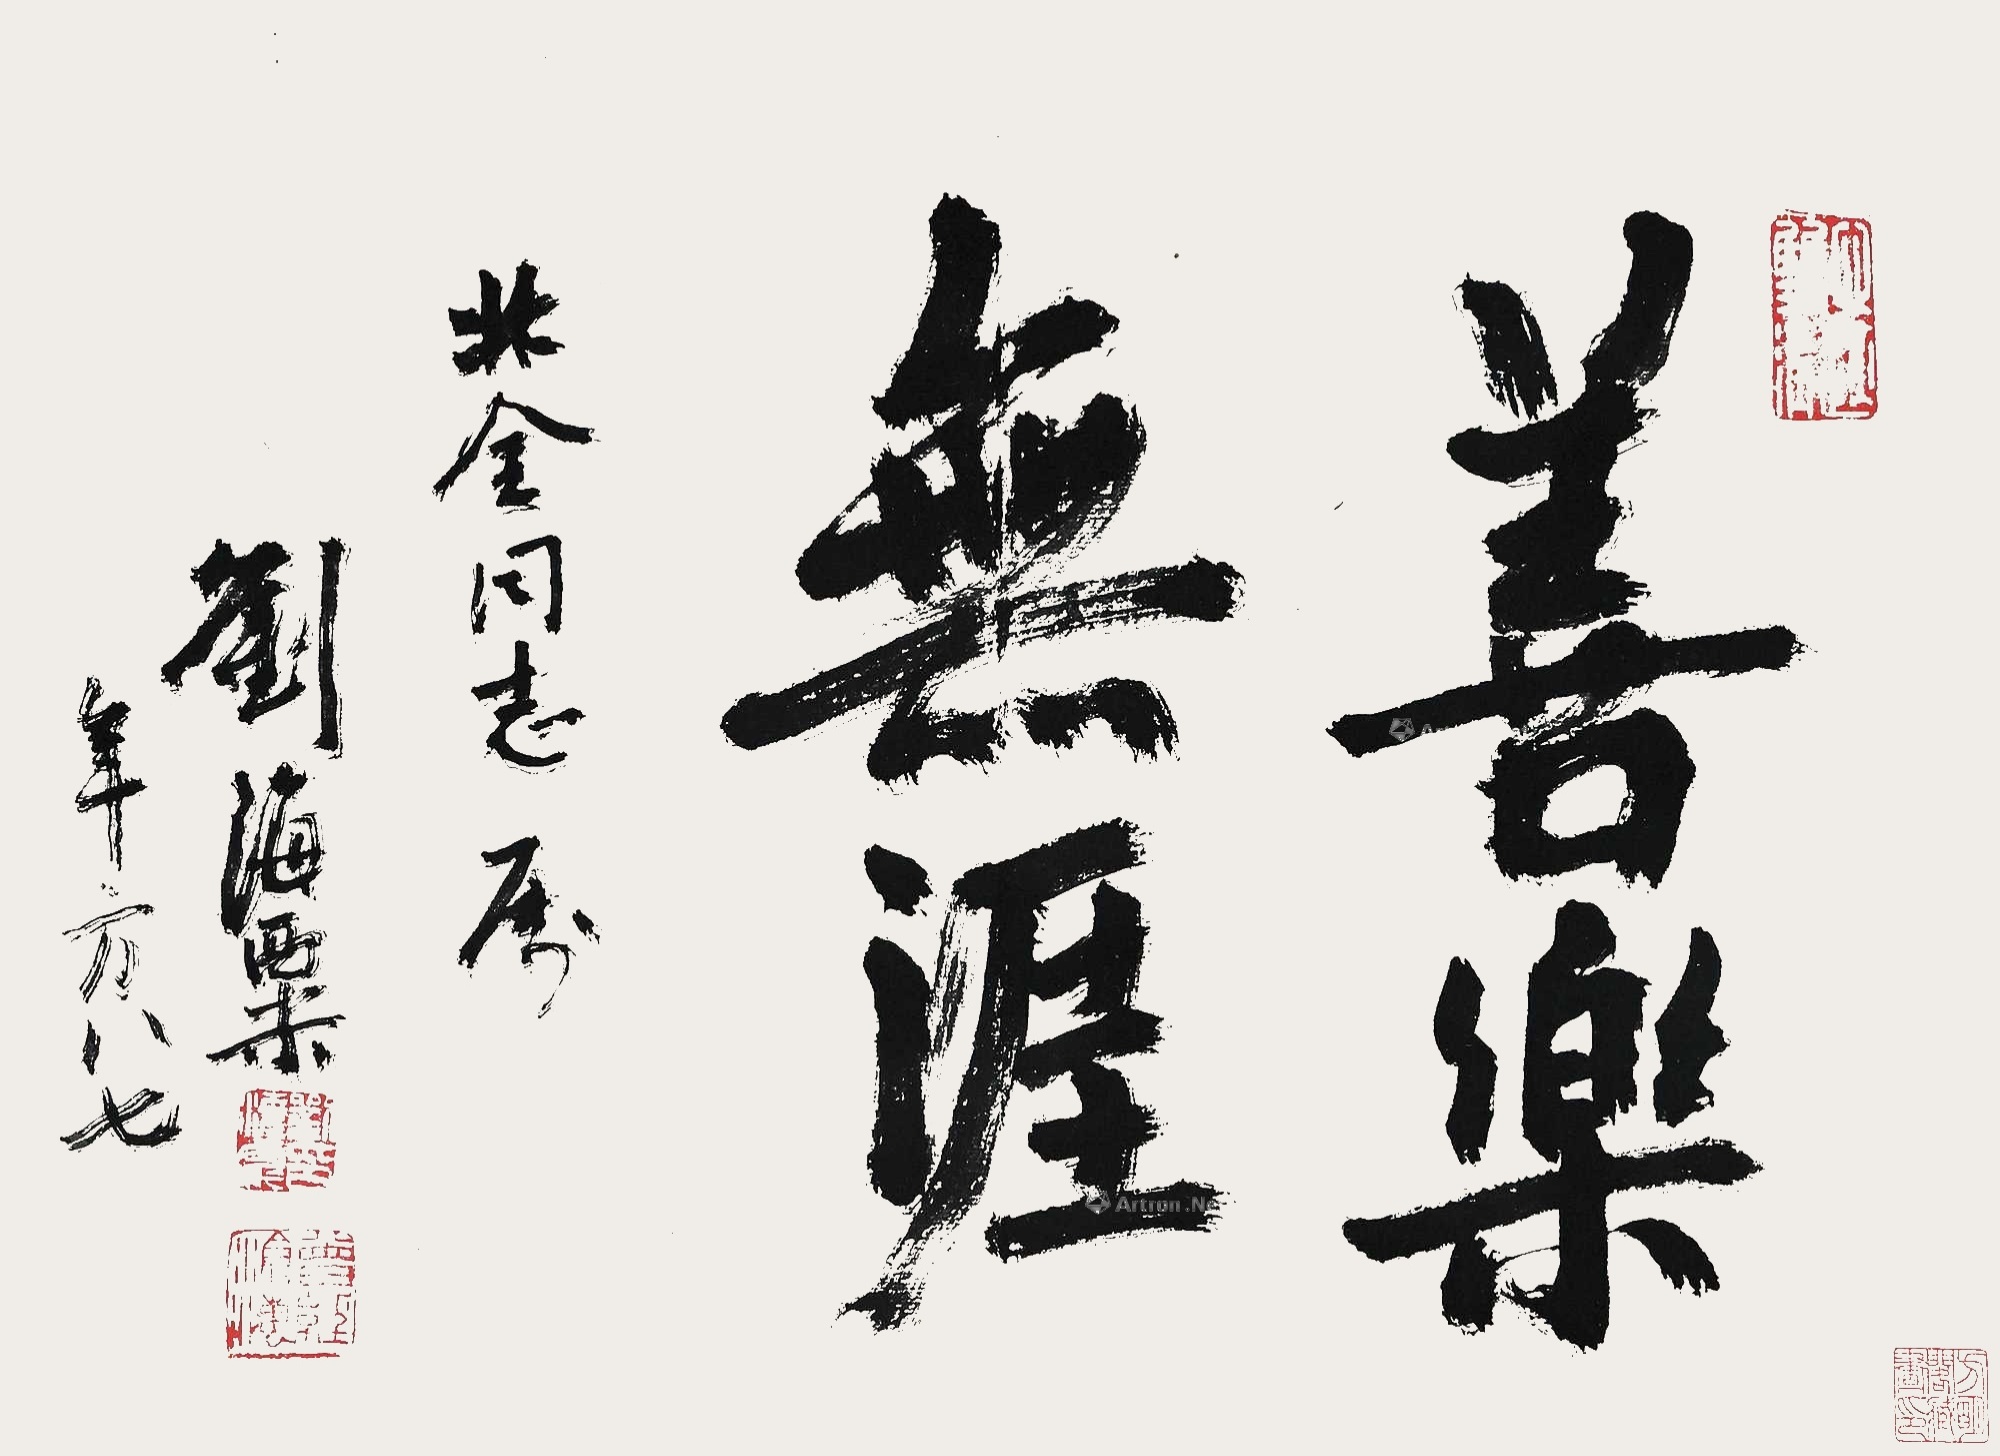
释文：善乐无涯北全同志属。刘海粟年方八七。